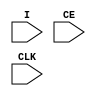
module X_SUH (I, CE, CLK);

  input I, CLK, CE;

  specify

      $setuphold (posedge CLK, posedge CE, 0:0:0, 0:0:0);
      $setuphold (posedge CLK, negedge CE, 0:0:0, 0:0:0);
      $setuphold (negedge CLK, posedge CE, 0:0:0, 0:0:0);
      $setuphold (negedge CLK, negedge CE, 0:0:0, 0:0:0);

      $setuphold (posedge CLK, posedge I &&& CE, 0:0:0, 0:0:0);
      $setuphold (posedge CLK, negedge I &&& CE, 0:0:0, 0:0:0);
      $setuphold (negedge CLK, posedge I &&& CE, 0:0:0, 0:0:0);
      $setuphold (negedge CLK, negedge I &&& CE, 0:0:0, 0:0:0);

  endspecify

endmodule